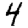
Digit: 4